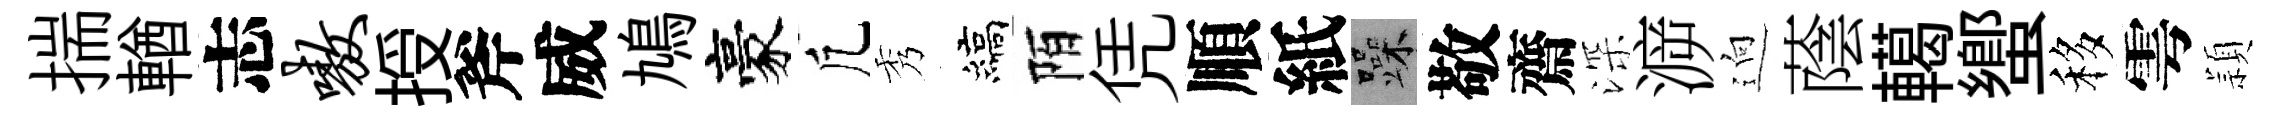
揣輶志嗷授斧威鳩豪凢秀縞陌凭順紙躁敬齋深㴑逈蔭轕蠁移雩頴